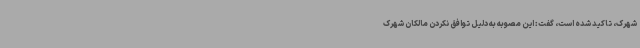
شهرک، تاکید شده است، گفت: این مصوبه به دلیل توافق نکردن مالکان شهرک